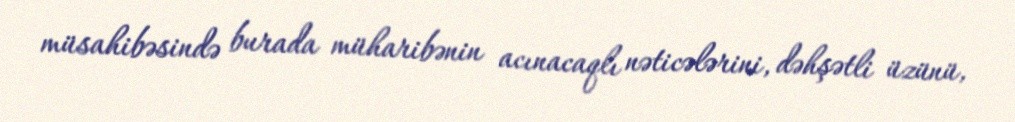
müsahibəsində burada müharibənin acınacaqlı nəticələrini, dəhşətli üzünü,